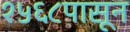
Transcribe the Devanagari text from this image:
१५६८पासून